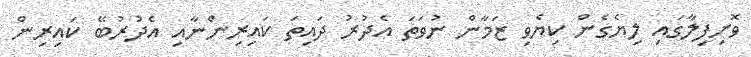
ވޮށިފިލާގައި ލިޔެގެން ކިޔެވި ޒަމާން ނުވަތަ އެދުރު ދައިތަ ކައިރިންނާއި އެދުރުބޭ ކައިރިން